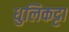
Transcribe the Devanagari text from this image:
धुलिकट्टा